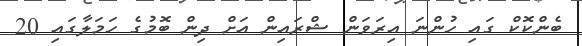
ބެންކޮކް ގައި ހުންނަ އިރަވަން ޝްރައިން އަށް ދިން ބޮމުގެ ހަމަލާގައި 20